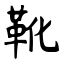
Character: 靴